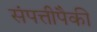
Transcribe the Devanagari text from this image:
संपत्तीपैकी